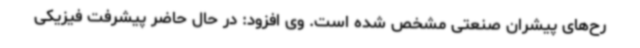
رح‌های پیشران صنعتی مشخص شده است. وی افزود: در حال حاضر پیشرفت فیزیکی